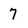
Character: 7